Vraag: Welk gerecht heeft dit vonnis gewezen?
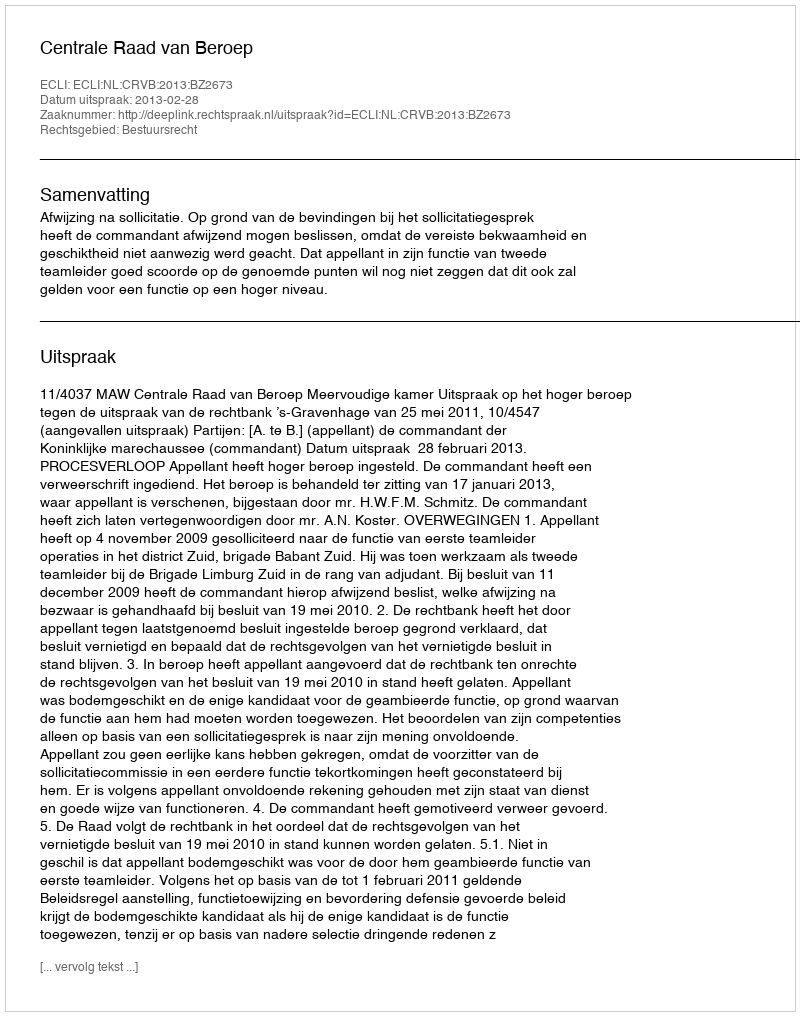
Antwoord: Centrale Raad van Beroep